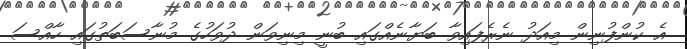
އެ ކުންފުނިން މިއަދު ނެރެފައިވާ ބަޔާނެއްގައި ބުނީ މިނިވަން ދުވަހުގެ މުނާސަބަތުގައި ހާއްސަ